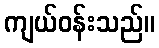
ကျယ်ဝန်းသည်။